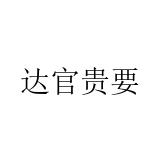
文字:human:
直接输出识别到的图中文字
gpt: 达官贵要